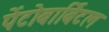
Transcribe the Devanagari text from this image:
पेंटोबार्बिटल